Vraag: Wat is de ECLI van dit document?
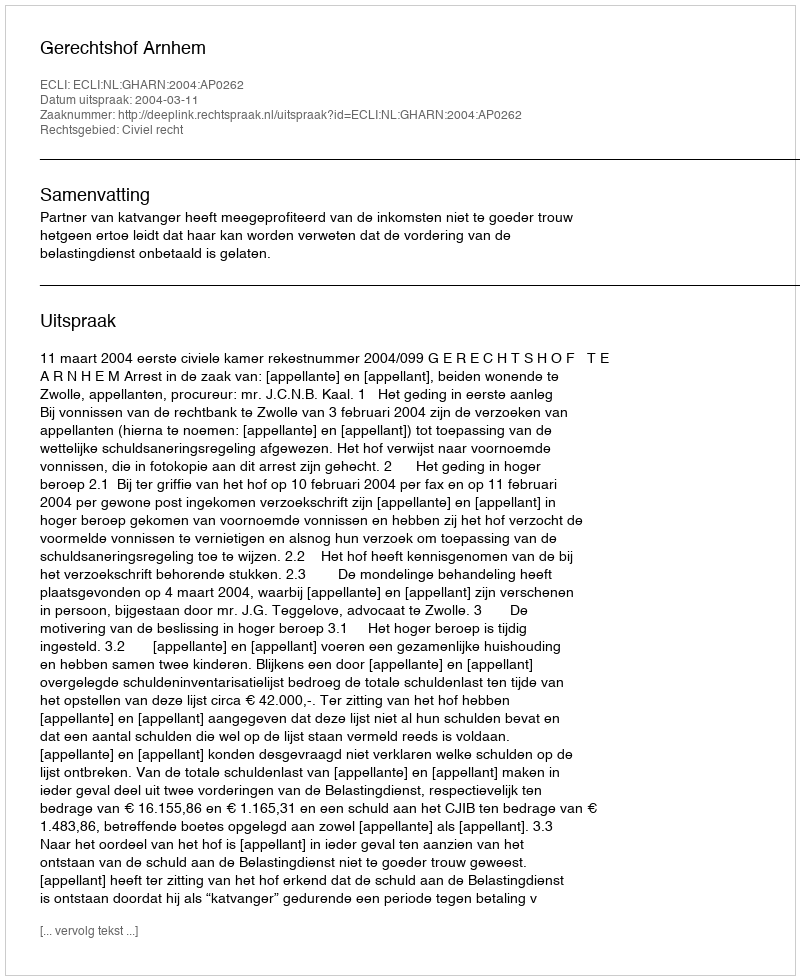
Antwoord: ECLI:NL:GHARN:2004:AP0262